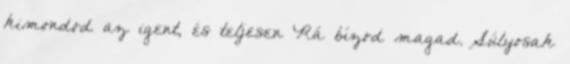
kimondod az igent, és teljesen Rá bízod magad. Súlyosak